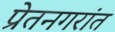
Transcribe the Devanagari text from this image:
प्रेतनगरांत